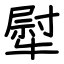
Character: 犚